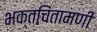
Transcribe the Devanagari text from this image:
भक्तचिंतामणी